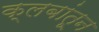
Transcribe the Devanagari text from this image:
क्लबांतून